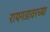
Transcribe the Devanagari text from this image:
रायगडावरच्या